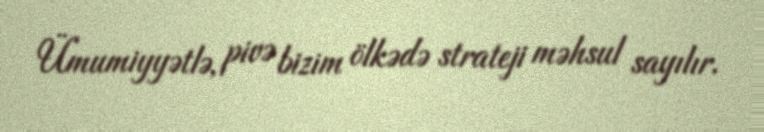
Ümumiyyətlə, pivə bizim ölkədə strateji məhsul sayılır.